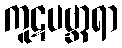
ကူဋပဗ္ဘာရာ